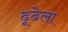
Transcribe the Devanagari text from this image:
ढूढेला